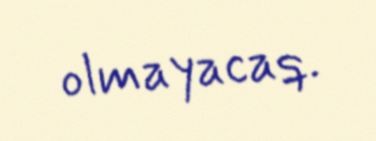
olmayacaq.